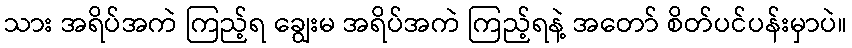
သား အရိပ်အကဲ ကြည့်ရ ချွေးမ အရိပ်အကဲ ကြည့်ရနဲ့ အတော် စိတ်ပင်ပန်းမှာပဲ။